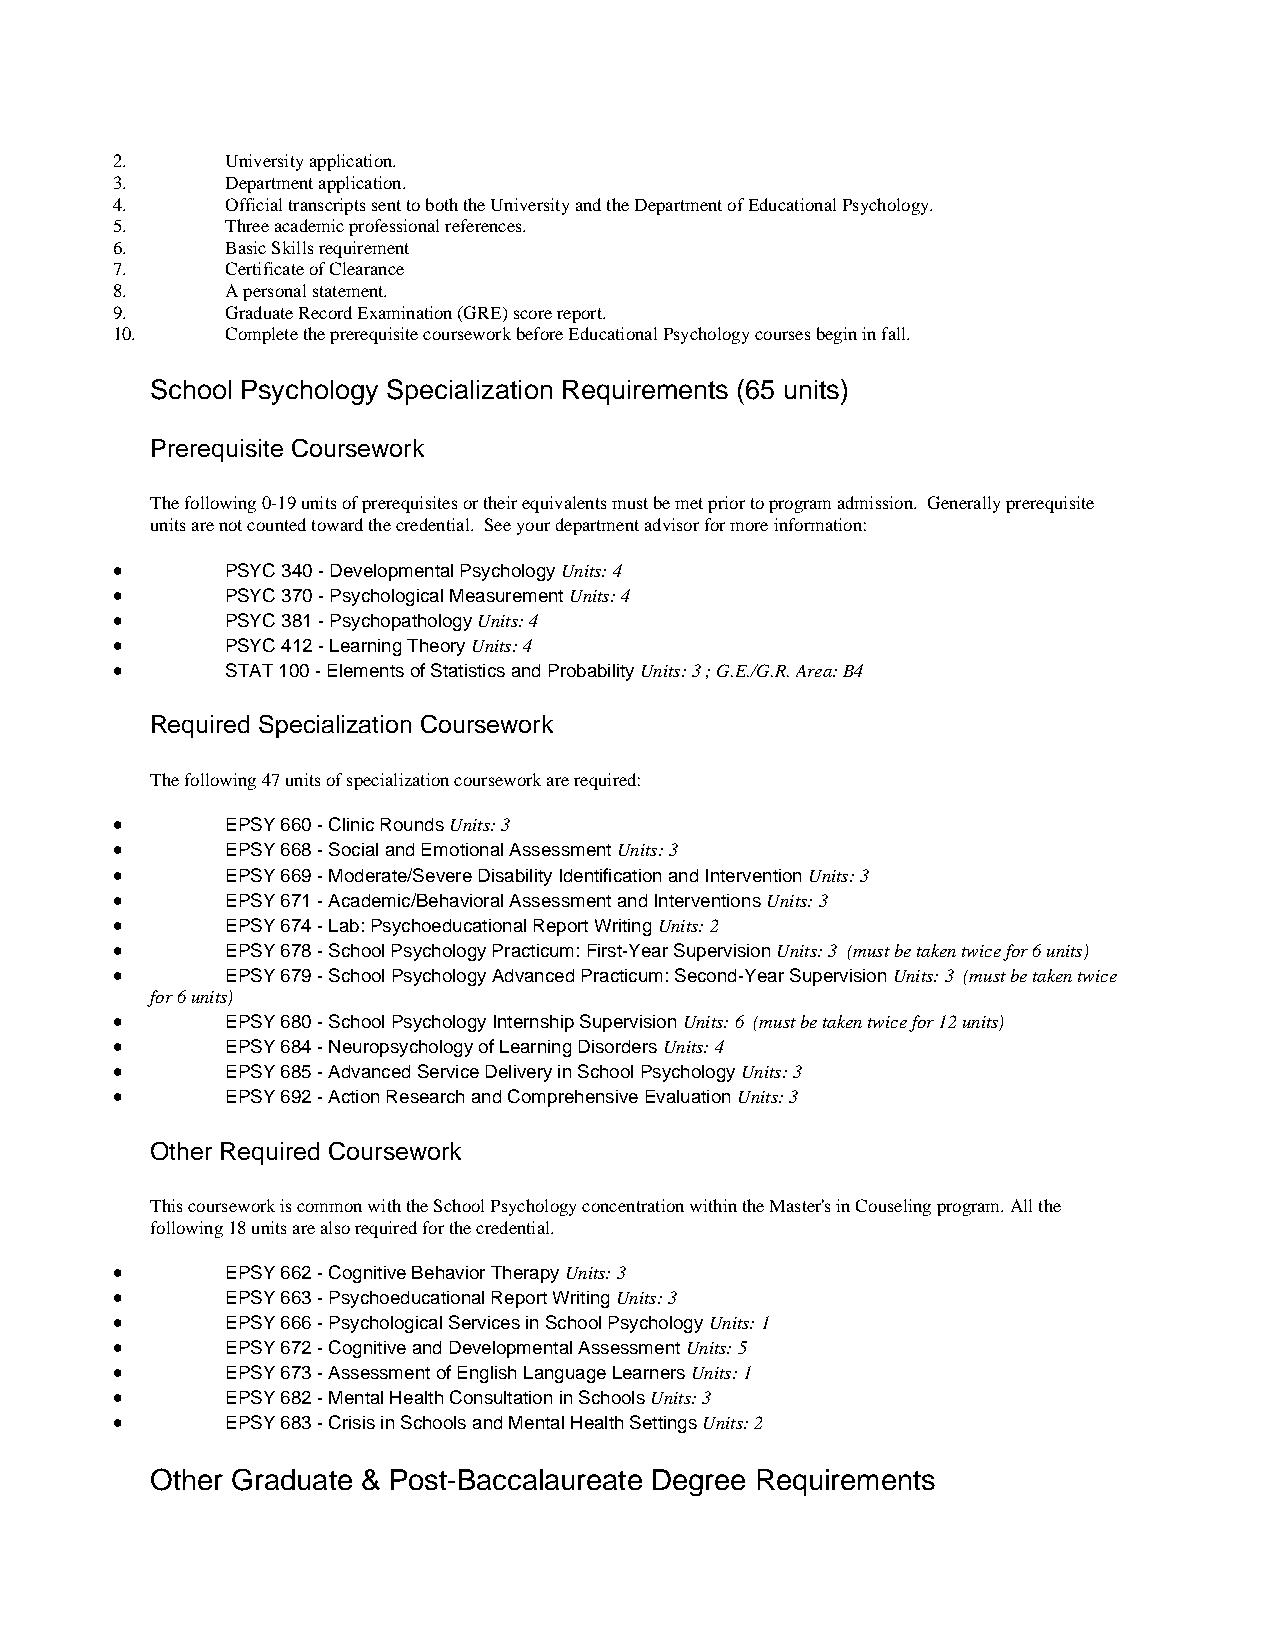
2.      University application.
 3.      Department application.
 4.      Official transcripts sent to both the University and the Department of Educational Psychology.
 5.      Three academic professional references.
 6.      Basic Skills requirement
 7.      Certificate of Clearance
 8.      A personal statement.
 9.      Graduate Record Examination (GRE) score report.
 10.     Complete the prerequisite coursework before Educational Psychology courses begin in fall.
 School Psychology Specialization Requirements (65 units)
 Prerequisite Coursework
 The following 0-19 units of prerequisites or their equivalents must be met prior to program admission. Generally prerequisite
 units are not counted toward the credential. See your department advisor for more information:
 •       PSYC 340 - Developmental Psychology Units: 4
 •       PSYC 370 - Psychological Measurement Units: 4
 •       PSYC 381 - Psychopathology Units: 4
 •       PSYC 412 - Learning Theory Units: 4
 •       STAT 100 - Elements of Statistics and Probability Units: 3 ; G.E./G.R. Area: B4
 Required Specialization Coursework
 The following 47 units of specialization coursework are required:
 •       EPSY 660 - Clinic Rounds Units: 3
 •       EPSY 668 - Social and Emotional Assessment Units: 3
 •       EPSY 669 - Moderate/Severe Disability Identification and Intervention Units: 3
 •       EPSY 671 - Academic/Behavioral Assessment and Interventions Units: 3
 •       EPSY 674 - Lab: Psychoeducational Report Writing Units: 2
 •       EPSY 678 - School Psychology Practicum: First-Year Supervision Units: 3 (must be taken twice for 6 units)
 •       EPSY 679 - School Psychology Advanced Practicum: Second-Year Supervision Units: 3 (must be taken twice
 for 6 units)
 •       EPSY 680 - School Psychology Internship Supervision Units: 6 (must be taken twice for 12 units)
 •       EPSY 684 - Neuropsychology of Learning Disorders Units: 4
 •       EPSY 685 - Advanced Service Delivery in School Psychology Units: 3
 •       EPSY 692 - Action Research and Comprehensive Evaluation Units: 3
 Other Required Coursework
 This coursework is common with the School Psychology concentration within the Master's in Couseling program. All the
 following 18 units are also required for the credential.
 •       EPSY 662 - Cognitive Behavior Therapy Units: 3
 •       EPSY 663 - Psychoeducational Report Writing Units: 3
 •       EPSY 666 - Psychological Services in School Psychology Units: 1
 •       EPSY 672 - Cognitive and Developmental Assessment Units: 5
 •       EPSY 673 - Assessment of English Language Learners Units: 1
 •       EPSY 682 - Mental Health Consultation in Schools Units: 3
 •       EPSY 683 - Crisis in Schools and Mental Health Settings Units: 2
 Other Graduate & Post-Baccalaureate Degree Requirements